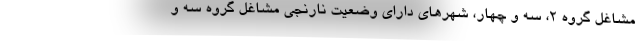
مشاغل گروه ۲، سه و چهار، شهرهای دارای وضعیت نارنجی مشاغل گروه سه و